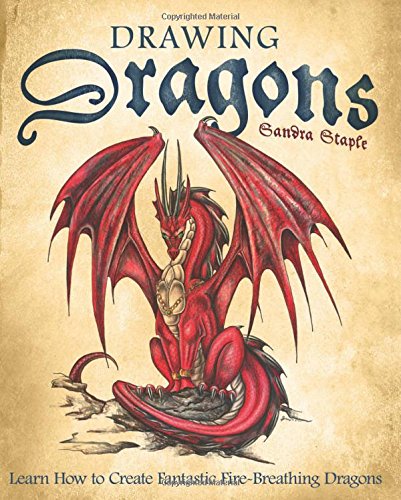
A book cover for Drawing Dragons: Learn How to Create Fantastic Fire-Breathing Dragons; Sandra Staple; Children's Books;